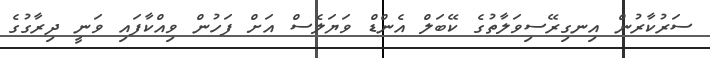
ސަރުކާރުން އިނގިރޭސިވަލާތުގެ ކޭބަލް އެންޑް ވަޔަލެސް އަށް ފަހުން ވިއްކާފައި ވަނީ ދިރާގުގެ